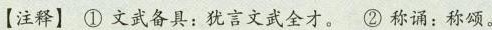
【注释】①文武备具：犹言文武全才。②称诵：称颂。